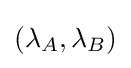
(\lambda _{A},\lambda _{B})